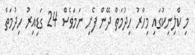
މި ކްލިނިކުގައި މިހާރު ހިދުމަތް ދޭން ފެށި ނަމަވެސް 24 ގަޑިއިރު ހިދުމަތް